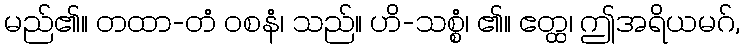
မည်၏။ တထာ-တံ ဝစနံ၊ သည်။ ဟိ-သစ္စံ၊ ၏။ ဧတ္ထ၊ ဤအရိယမဂ်,